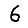
Digit: 6